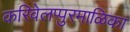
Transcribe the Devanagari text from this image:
करिवेलप्पुरमाळिका